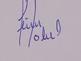
Signature authenticity: forged